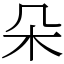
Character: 朵